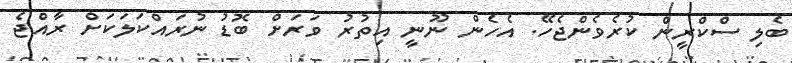
ބެލި ސްކްރީން ކުރެވެންޖެހޭ. އެހެން ނޫނީ އިތުރު ވަރަށް ބޮޑު ނުރައްކަލަކަށް ރާއްޖެ